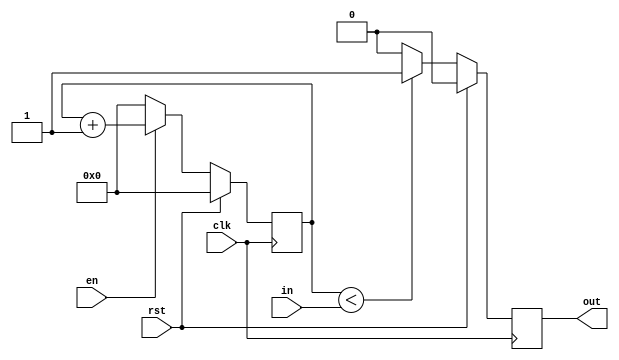
/*--------------------------------------*/
/*      AUTHOR - Stanislaw Klat         */
/*--------------------------------------*/

`timescale 1ns / 1ps

module pwm(
    input wire [7:0] in,
    input wire en,
    input wire clk,
    input wire rst,
    output reg out
    );

reg [7:0] ctr, ctr_nxt;
reg out_nxt;

always @(posedge clk) begin
    if(rst) out = 1'b0;
    else out = out_nxt;
end

always @* begin
    if(ctr<in) out_nxt = 1;
    else out_nxt = 0;
end

always @(posedge clk) begin
    if(rst) ctr <= 8'b0;
    else ctr <= ctr_nxt;
end

always @* begin
    if(en) ctr_nxt = ctr + 1;
    else ctr_nxt = 0;
end

endmodule